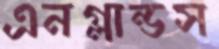
এনগ্লান্ডস